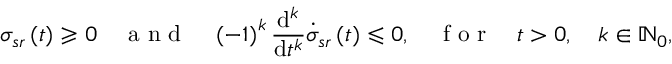
\sigma _ { s r } \left( t \right) \geqslant 0 \quad \mathrm { ~ a ~ n ~ d ~ } \quad \left( - 1 \right) ^ { k } \frac { \mathrm { d } ^ { k } } { \mathrm { d } t ^ { k } } \dot { \sigma } _ { s r } \left( t \right) \leqslant 0 , \quad \mathrm { ~ f ~ o ~ r ~ } \quad t > 0 , \quad k \in \mathbb { N } _ { 0 } ,